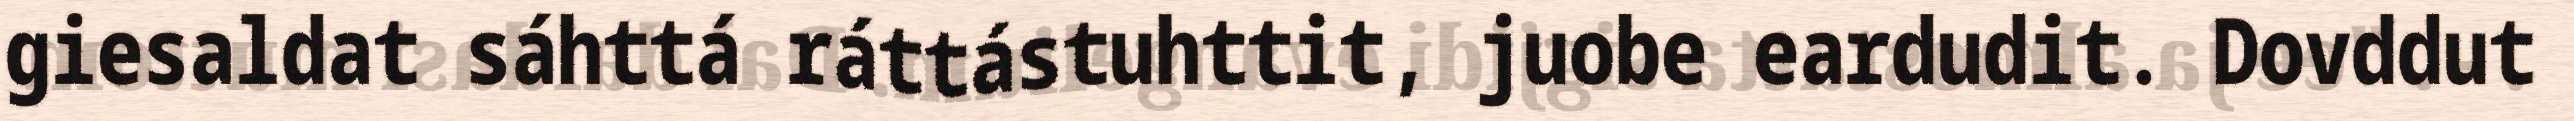
giesaldat sáhttá ráttástuhttit, juobe eardudit. Dovddut